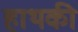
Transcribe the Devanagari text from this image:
हाथकी